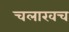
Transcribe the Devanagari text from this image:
चलाखच